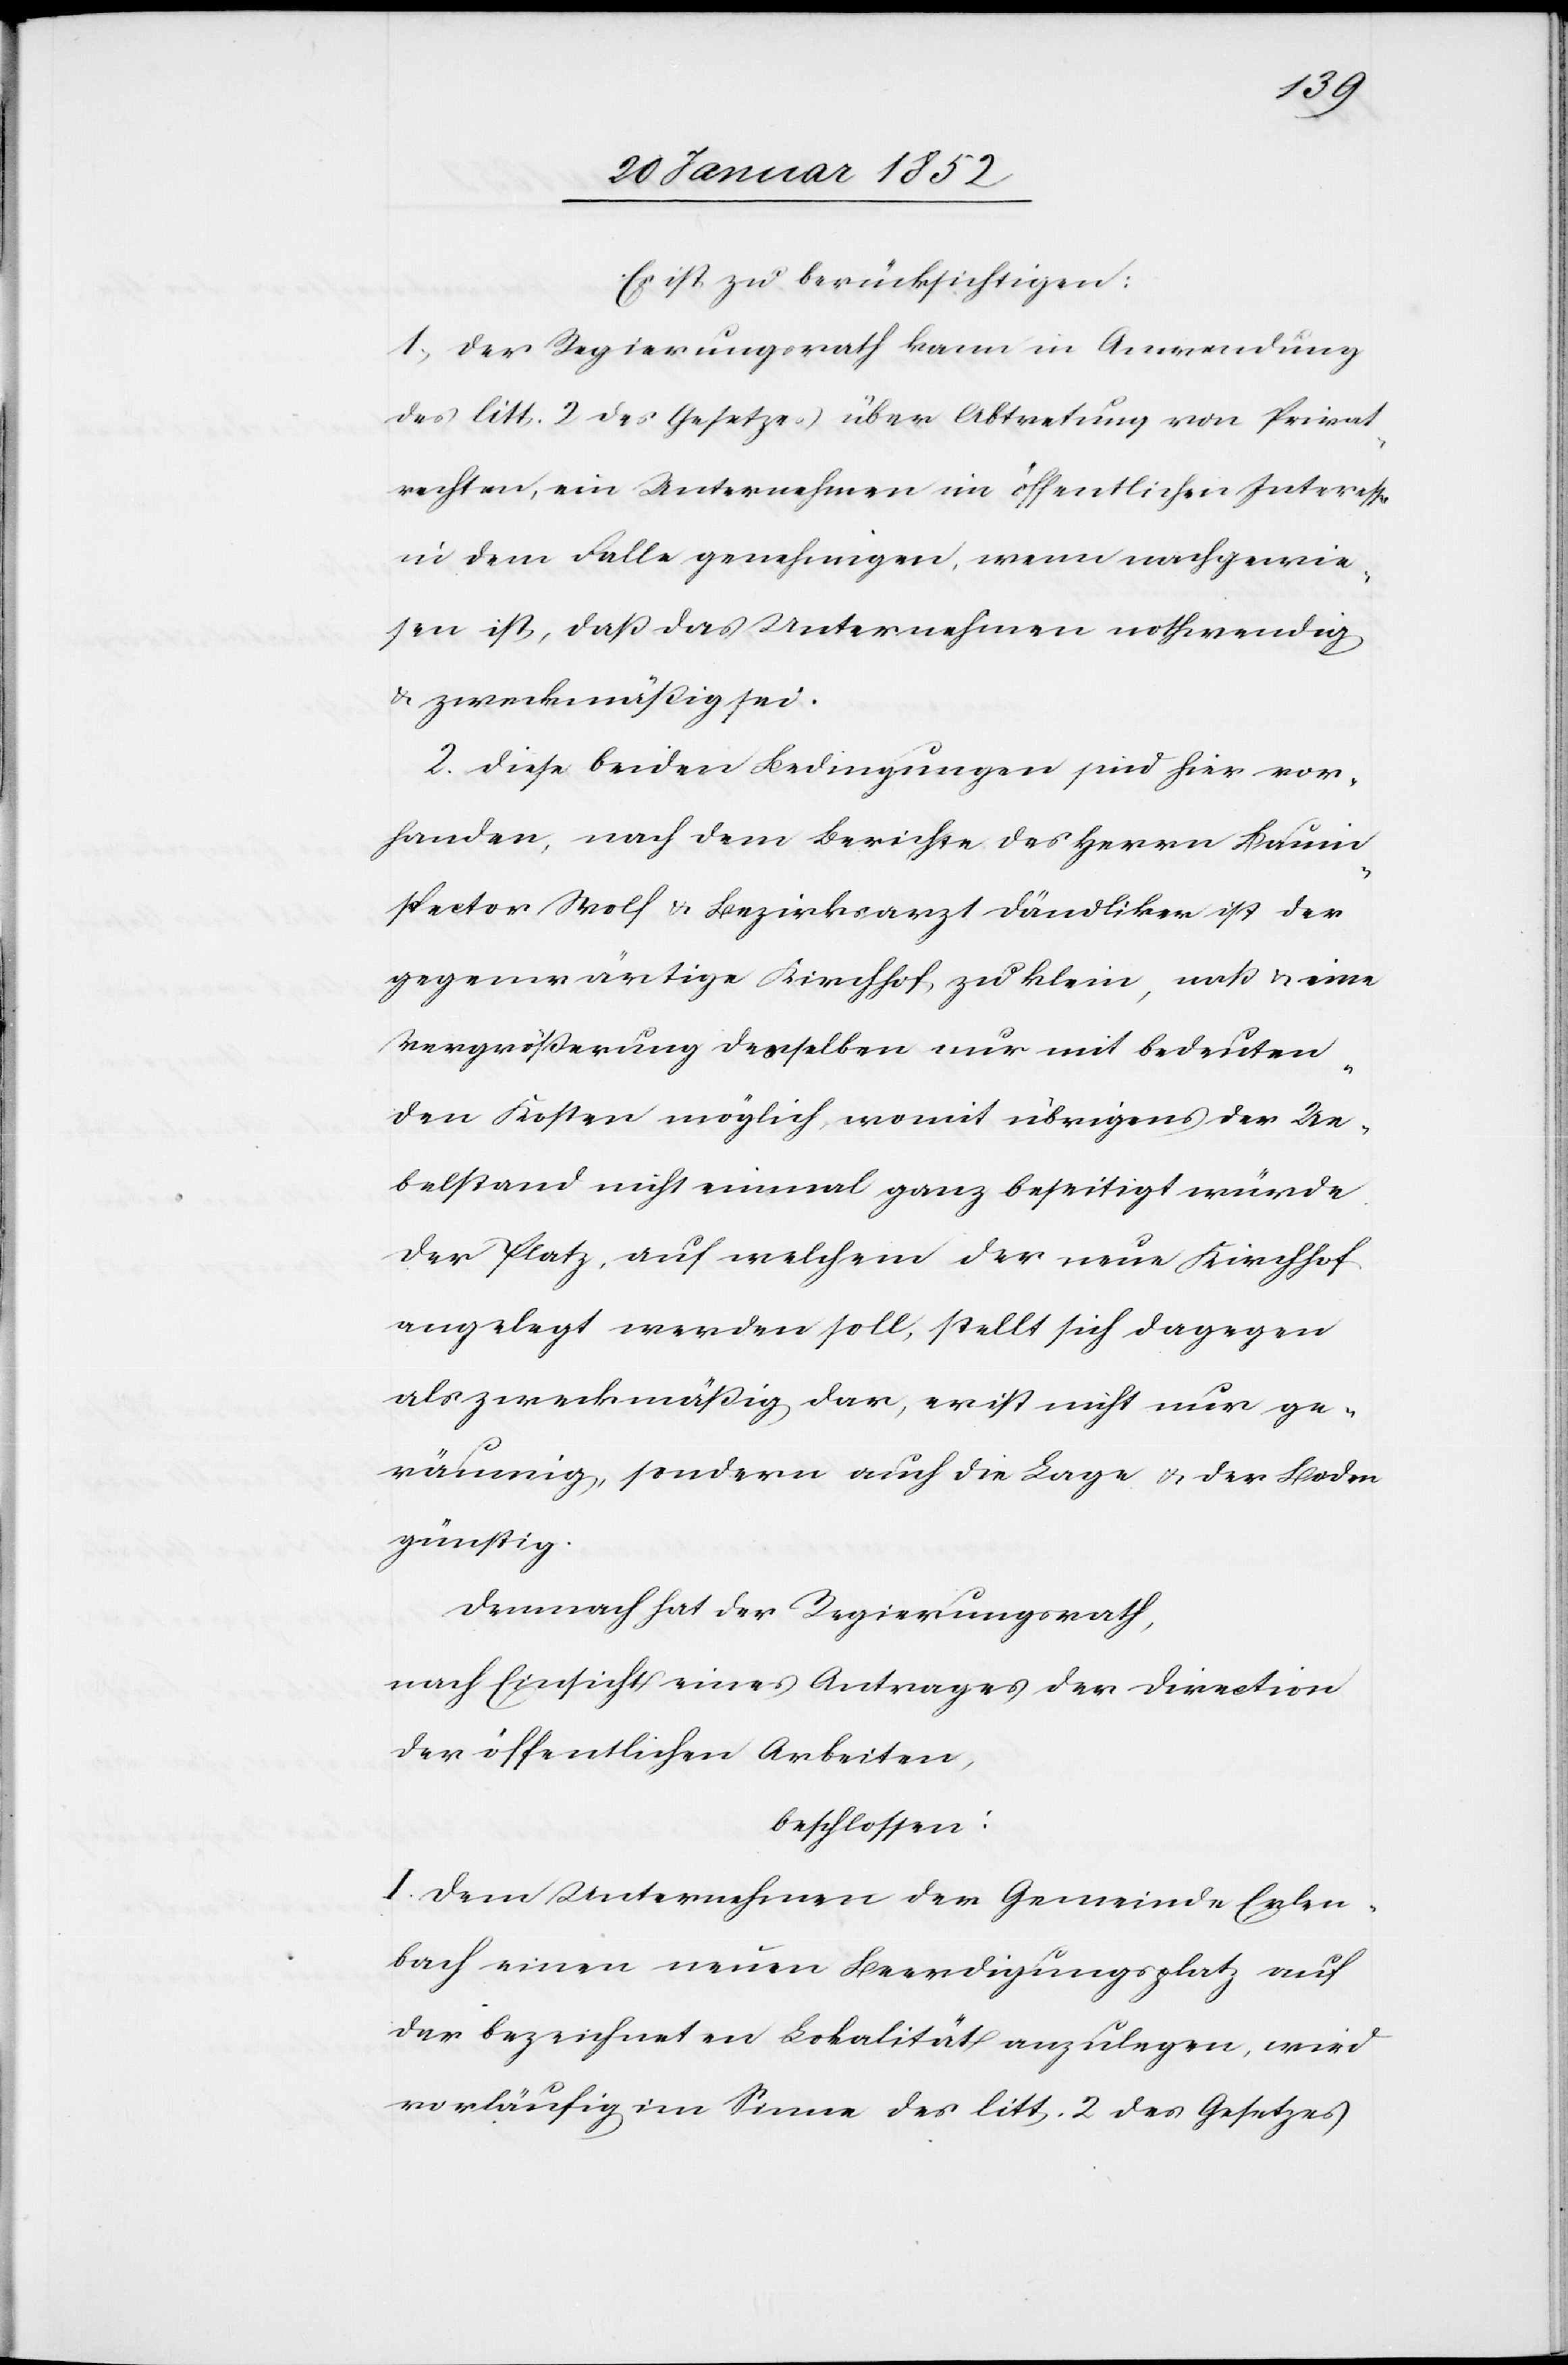
Es ist zu berücksichtigen:
1.) Der Regierungsrath kann in Anwendung
des litt. 2. des Gesetzes über Abtretung von Privat¬
rechten, ein Unternehmen im öffentlichen Interesse
in dem Falle genehmigen, wenn nachgewie¬
sen ist, daß das Unternehmen nothwendig
u. zweckmäßig sei.
2. Diese beiden Bedingungen sind hier vor¬
handen, nach dem Berichte des Herrn Bauin¬
spector Wolf u. Bezirksarzt Dändliker ist der
gegenwärtige Kirchhof zu klein, naß u. eine
Vergrößerung desselben nur mit bedeuten¬
den Kosten möglich, womit übrigens der Ue¬
belstand nicht einmal ganz beseitigt würde.
Der Platz, auf welchem der neue Kirchhof
angelegt werden soll, stellt sich dagegen
als zweckmäßig dar, er ist nicht nur ge¬
räumig, sondern auch die Lage u. der Boden
günstig.
Demnach hat der Regierungsrath,
nach Einsicht eines Antrages der Direction
der öffentlichen Arbeiten,
beschlossen:
I. Dem Unternehmen der Gemeinde Erlen¬
bach einen neuen Beerdigungsplatz auf
der bezeichneten Lokalität anzulegen, wird
vorläufig im Sinne des litt. 2. des Gesetzes